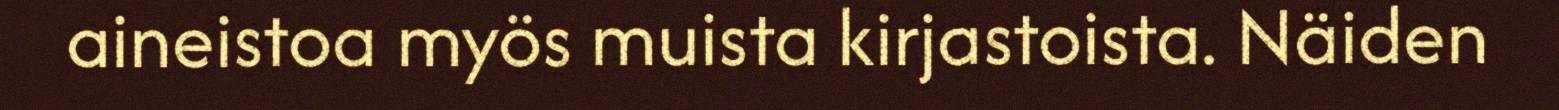
aineistoa myös muista kirjastoista. Näiden